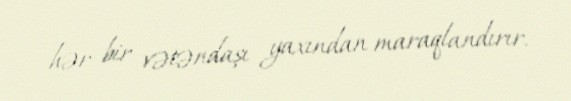
hər bir vətəndaşı yaxından maraqlandırır.